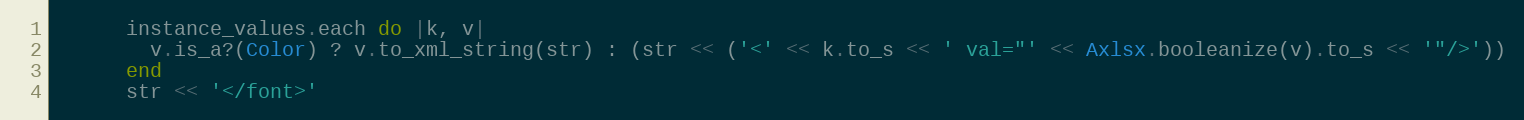
Language: Ruby
      instance_values.each do |k, v|
        v.is_a?(Color) ? v.to_xml_string(str) : (str << ('<' << k.to_s << ' val="' << Axlsx.booleanize(v).to_s << '"/>'))
      end
      str << '</font>'